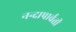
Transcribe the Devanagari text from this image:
नन्दापार्वती